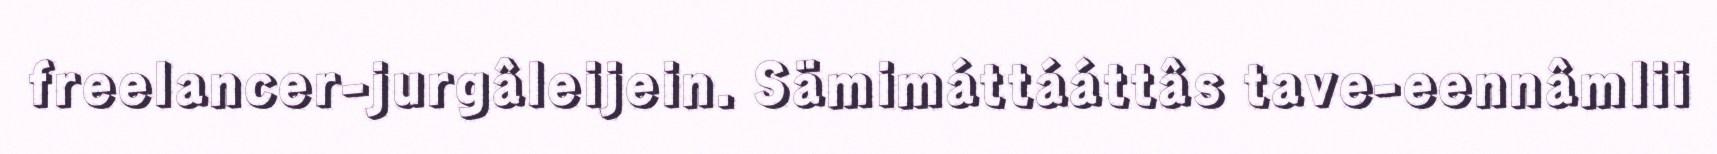
freelancer-jurgâleijein. Sämimáttááttâs tave-eennâmlii